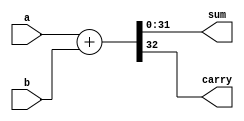
`timescale 1ns / 1ps
//////////////////////////////////////////////////////////////////////////////////
// name - Amit Kumar, Nikhil Saraswat
// Roll- 20CS30003, 20CS10039
// COA - KGP_RISC
//////////////////////////////////////////////////////////////////////////////////
module Adder(a,b,sum,carry);
	 input [31:0] a;
	 input [31:0] b;
	 output [31:0] sum;
	 output carry;
	 assign {carry,sum} =a+b;

endmodule